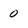
Character: 0